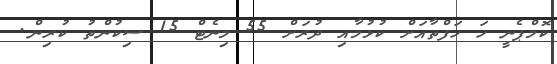
ކޮމްޕެނީ ހަ ހަފްތާއަށް ކުޅުމާއި ދުރަށް 55 މިނެޓް 15 ސިކުންތު ކުރިން.